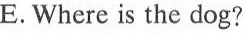
E.Where is the dog?